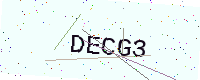
Text: DECG3